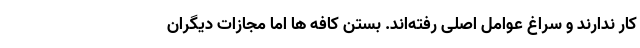
کار ندارند و سراغ عوامل اصلی رفته‌اند. بستن کافه ها اما مجازات دیگران